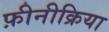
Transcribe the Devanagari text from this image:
फ़ीनीक्रिया